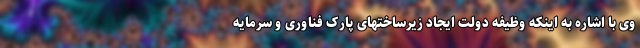
وی با اشاره به اینکه وظیفه دولت ایجاد زیرساختهای پارک فناوری و سرمایه